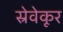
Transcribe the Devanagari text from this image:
स्रेवेकूर